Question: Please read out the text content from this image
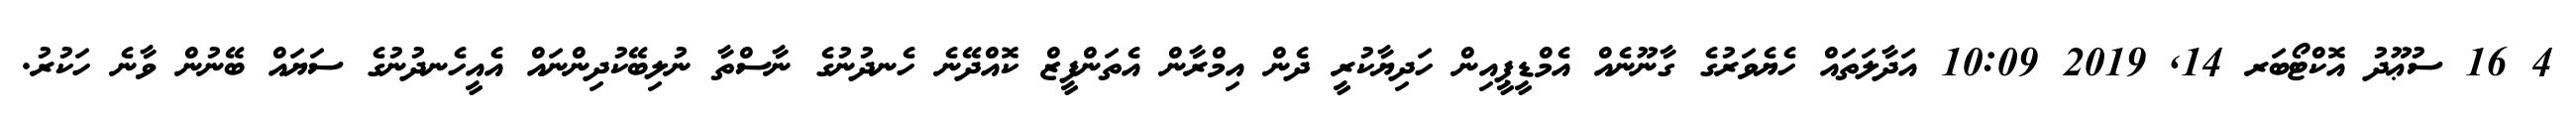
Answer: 4 16 ސުޢޫދު އޮކްޓޯބަރ 14, 2019 10:09 އަދާލަތައް ހެޔެވަރުގެ ގާނޫނެއް އެމްޑީޕީއިން ހަދިޔާކުރީ ދެން އިމްރާން އެތަންފީޒް ކޮއްދޭނެ ހެނދުނުގެ ނާސްތާ ނުލިބޭކުދިންނައް އެއީހެނދުނުގެ ސަޔައް ބޭނުން ވާނެ ހަކުރު.